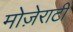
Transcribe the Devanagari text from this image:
मोज़ेराटी